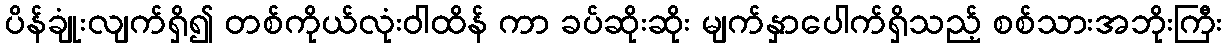
ပိန်ချုံးလျက်ရှိ၍ တစ်ကိုယ်လုံးဝါထိန် ကာ ခပ်ဆိုးဆိုး မျက်နှာပေါက်ရှိသည့် စစ်သားအဘိုးကြီး